Leaving Certificate Examination, 1904
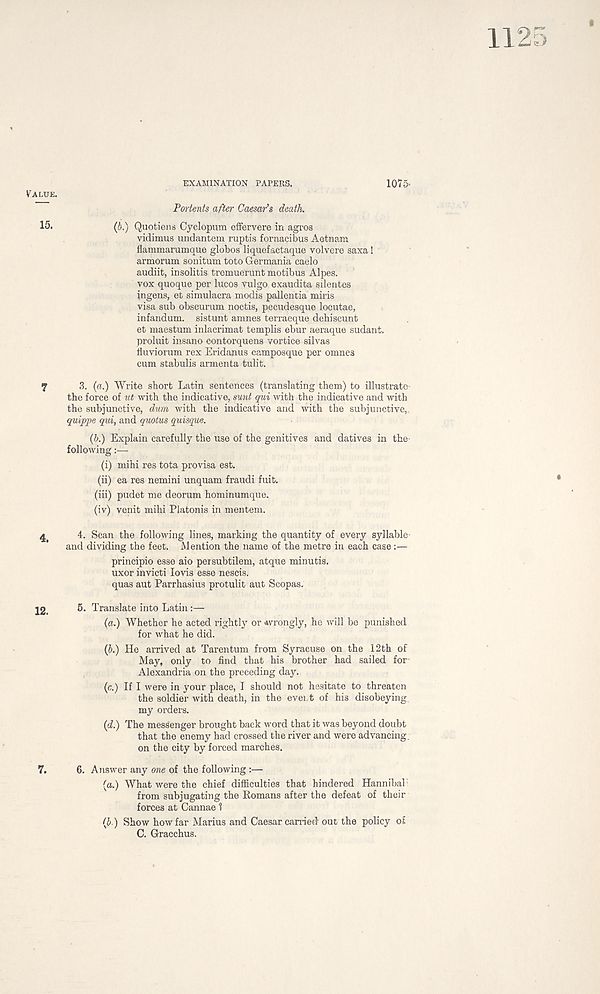
1125
V'ALUE.
15.
EXAMINATION PAPERS.
107f>
Portents after Caesar's death.
(b.) Quotiens Cyclopum effervere in agios
vidimus undantem ruptis fornacibus Aetnam
flammarumque globos liquefactaque volvere saxa!
armorum sonitum toto Germania caelo
audiit, insolitis tremuerunt motibus Alpes.
vox quoque per lucos Vulgo exaudita sdentes
ingens, et simulacra modis pallentia miris
visa sub obscurum noctis, pecudesque locutae,
infandum. sistunt amnes terraeque debiscunt
et maestum inlacrimat templis ebur aeraque sudant.
proluit insano contorquens vortice silvas
iiuviorum rex Eridanus camposque per omnes
cum stabulis armenta tulit.
7
3. (a.) Write short Latin sentences (translating them) to illustrate-
the force of ut with the indicative, sunt qui with the indicative and with
the subjunctive, dum with the indicative and with the subjunctive,.
quippe qui, and quotas quisque.
(b.) Explain carefully the use of the genitives and datives in the-
following
(i) mihi res tota provisa est.
(ii) ea res nemini unquam fraudi fuit.
(iii) pudet me deorum hominumque.
(iv) venit mihi Platonis in mentem.
^
4. Scan the following lines, marking the quantity of every syllable-
and dividing the feet. Mention the name of the metre in each case:—
principio esse aio persubtilem, atque minutis.
uxor invicti lovis esse nescis.
quas aut Parrhasius protulit aut Scopas.
22,
6. Translate into Latin:—
(a.) Whether he acted rightly or *vrongly, he will be punished
for what he did.
(b.) He arrived at Tarentum from Syracuse on the 12th of
May, only to find that his brother had sailed for-
Alexandria on the preceding day.
(c.) If I were in your place, I should not hesitate to threaten
the soldier with death, in the evert of his disobeying,
my orders.
(d.) The messenger brought back word that it was beyond doubt
that the enemy had crossed the river and were advancing,
on the city by forced marches.
7.
6. Answer any one of the following :—
(a.) What were the chief difficulties that hindered Hannibal
from subjugating the Romans after the defeat of their
forces at Cannae 1
(J ) Show how far Marius and Caesar carried out the policy of
C. Gracchus.